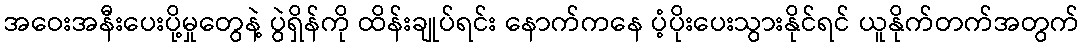
အဝေးအနီးပေးပို့မှုတွေနဲ့ ပွဲရှိန်ကို ထိန်းချုပ်ရင်း နောက်ကနေ ပံ့ပိုးပေးသွားနိုင်ရင် ယူနိုက်တက်အတွက်